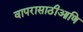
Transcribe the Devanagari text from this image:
वापरासाठीआणि